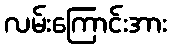
လမ်းကြောင်းအား